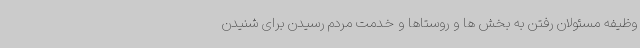
وظیفه مسئولان رفتن به بخش ها و روستاها و خدمت مردم رسیدن برای شنیدن